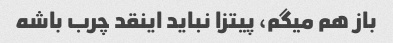
باز هم میگم، پیتزا نباید اینقد چرب باشه